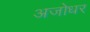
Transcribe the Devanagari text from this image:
अजोधर